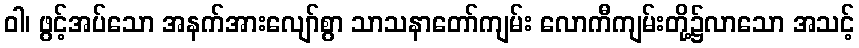
ဝါ၊ ဖွင့်အပ်သော အနက်အားလျော်စွာ သာသနာတော်ကျမ်း လောကီကျမ်းတို့၌လာသော အသင့်